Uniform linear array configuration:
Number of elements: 16
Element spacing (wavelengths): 1
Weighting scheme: kaiser
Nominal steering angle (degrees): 30
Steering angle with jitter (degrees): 29.983
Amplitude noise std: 0.05
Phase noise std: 0.05

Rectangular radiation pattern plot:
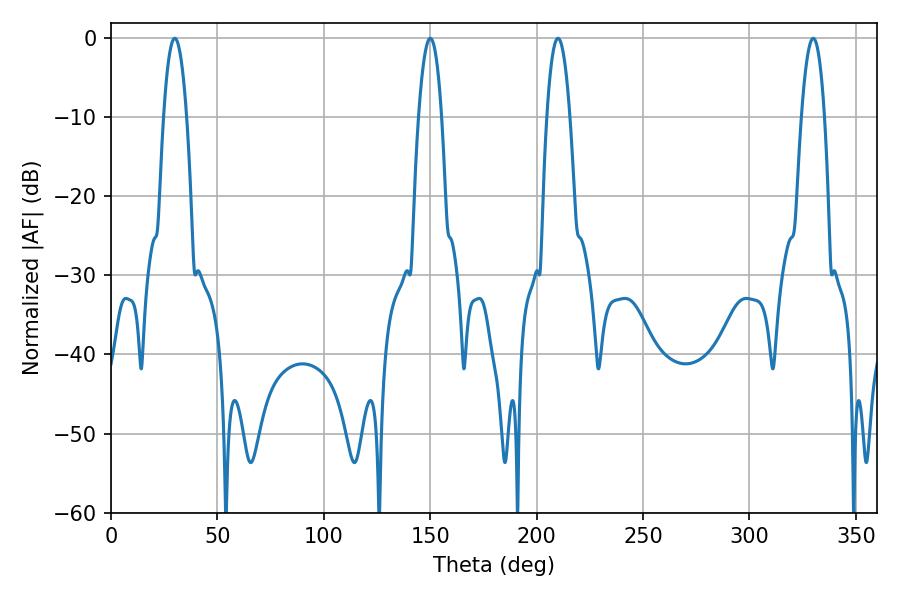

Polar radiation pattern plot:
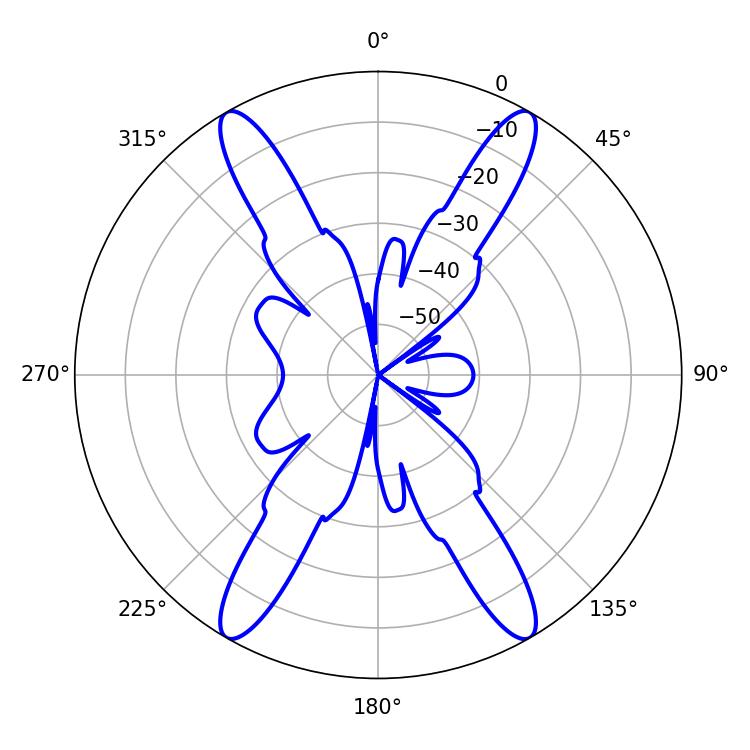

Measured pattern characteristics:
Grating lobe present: TRUE
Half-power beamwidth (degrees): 5.94
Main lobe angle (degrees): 329.94